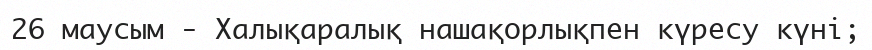
26 маусым - Халықаралық нашақорлықпен күресу күні;